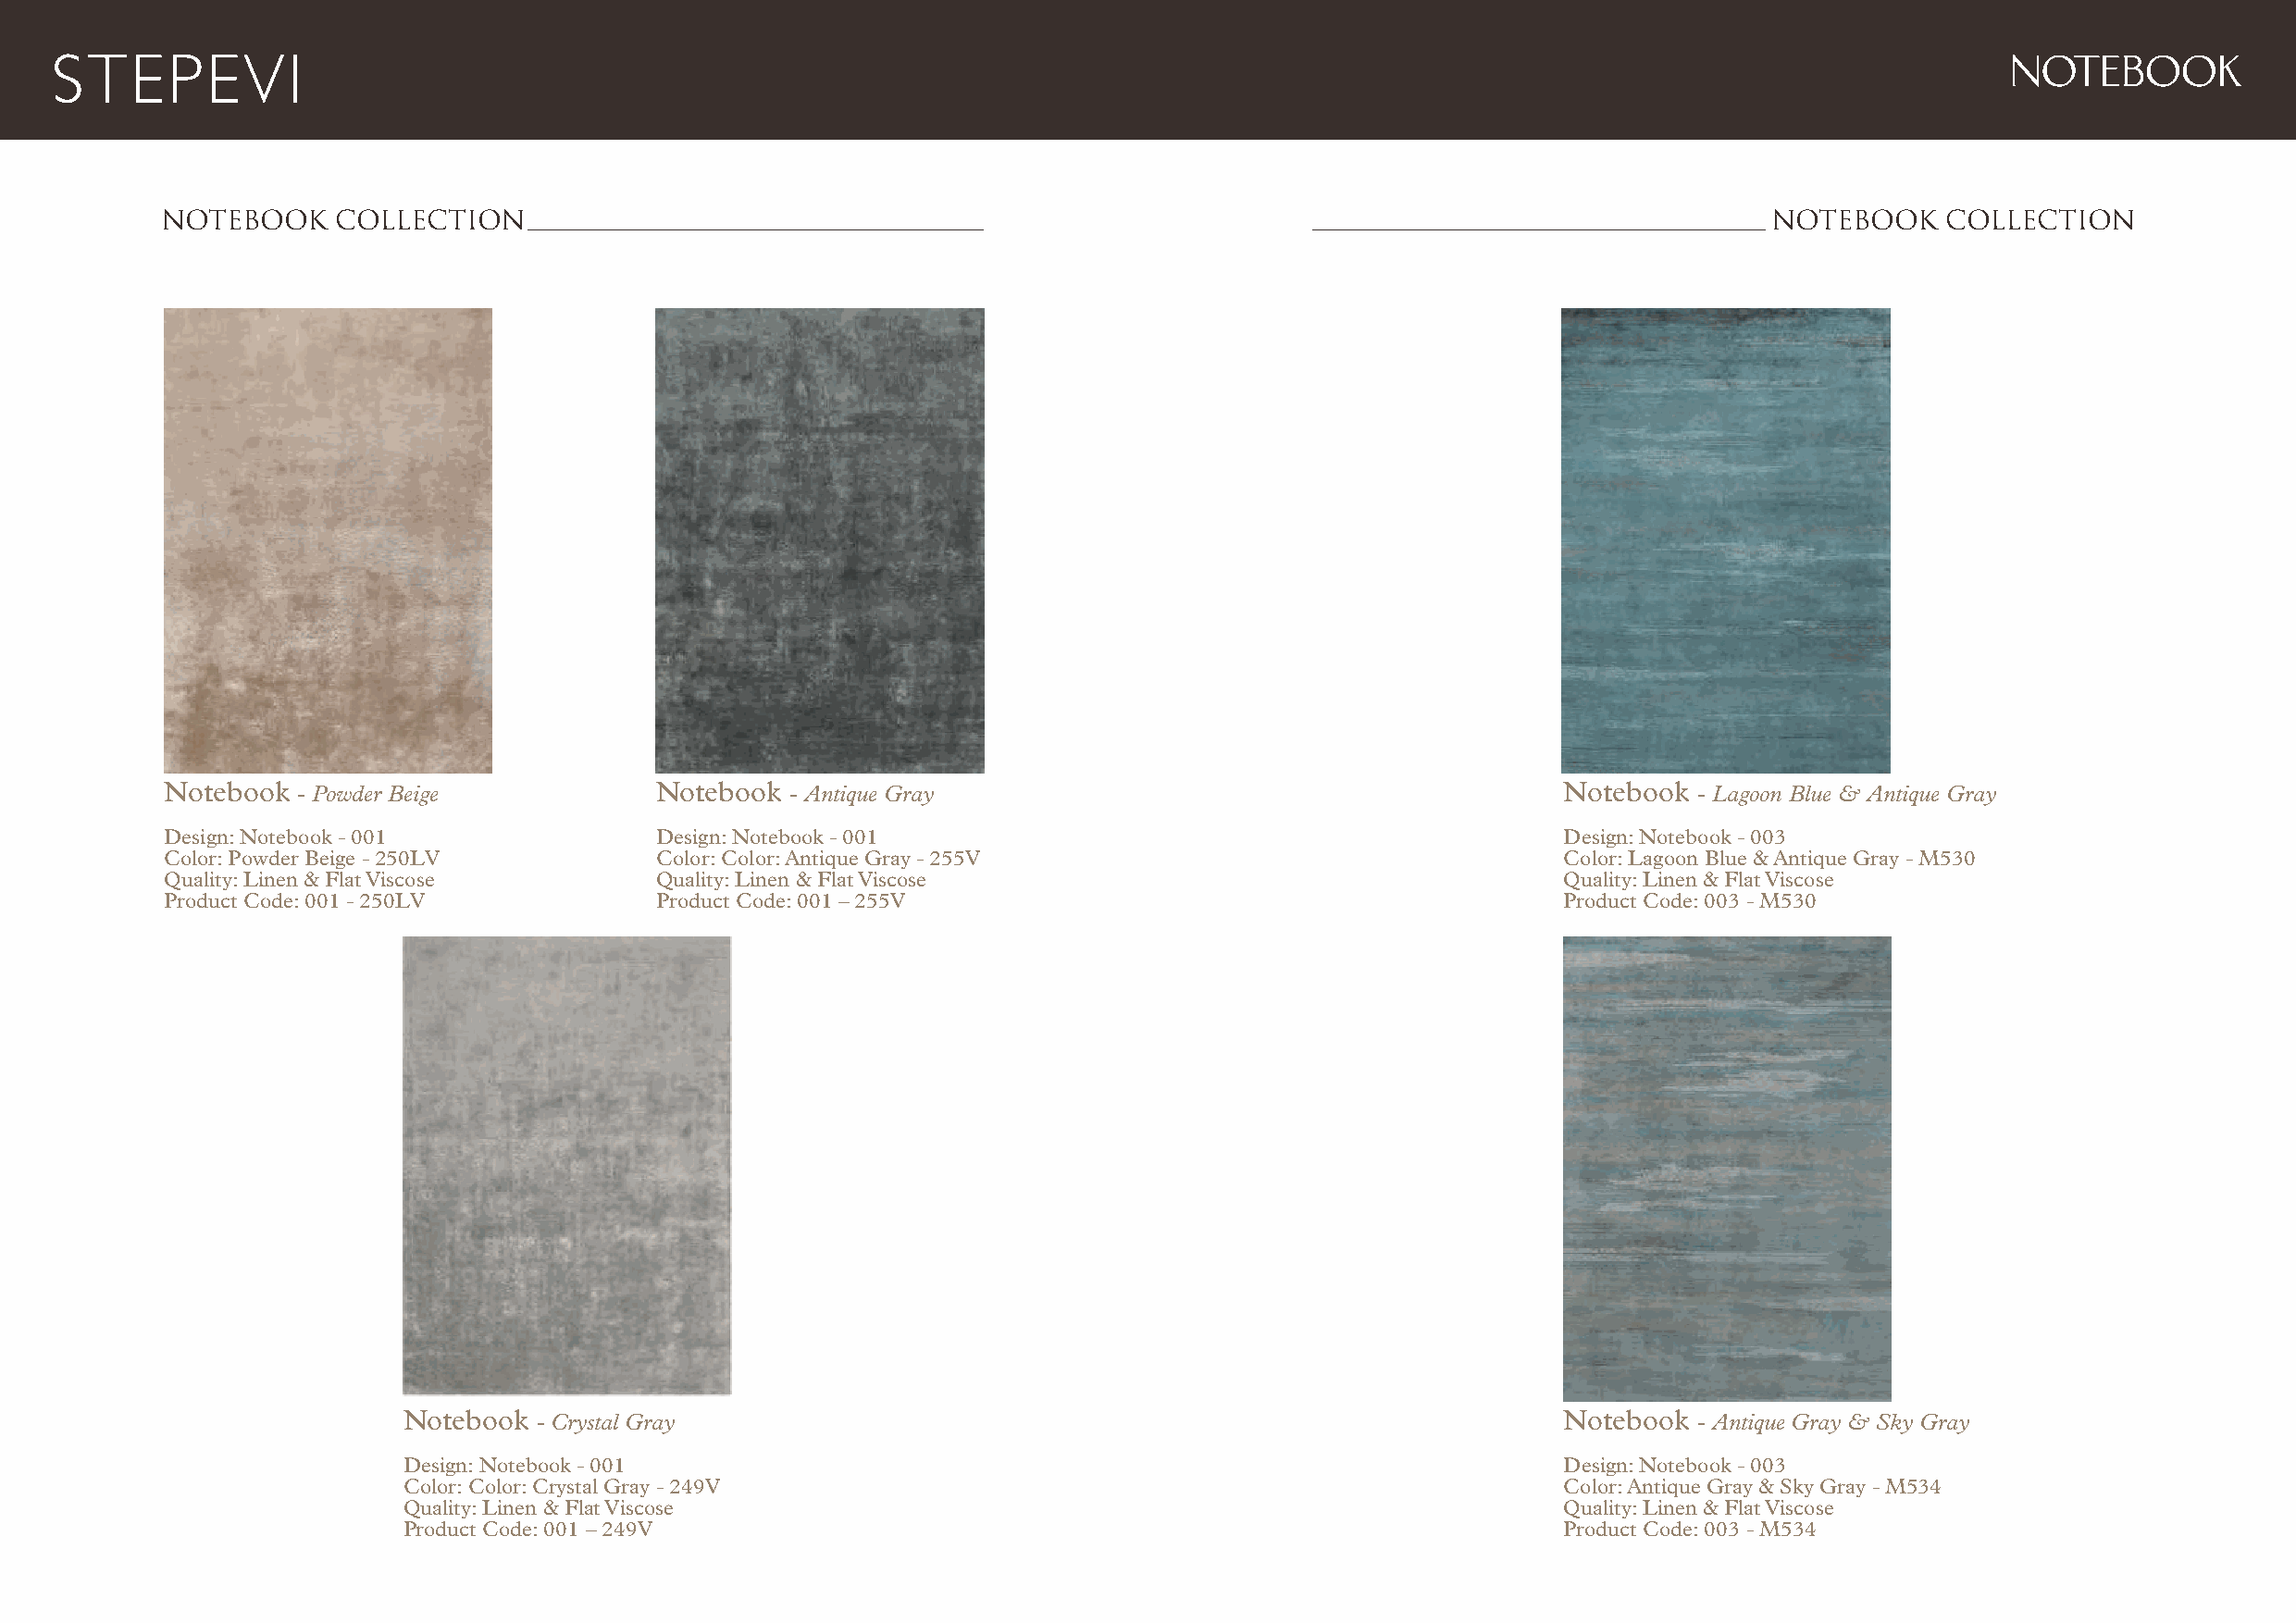
NOTEBOOK
 NOTEBOOK    COLLECTION                                                                                             NOTEBOOK    COLLECTION
 Notebook - Powder Beige            Notebook - Antique Gray                                          Notebook - Lagoon Blue & Antique Gray
 Design: Notebook - 001             Design: Notebook - 001                                           Design: Notebook - 003
 Color: Powder Beige - 250LV        Color: Color: Antique Gray - 255V                                Color: Lagoon Blue & Antique Gray - M530
 Quality: Linen & Flat Viscose      Quality: Linen & Flat Viscose                                    Quality: Linen & Flat Viscose
 Product Code: 001 - 250LV          Product Code: 001 – 255V                                         Product Code: 003 - M530
 Notebook - Crystal Gray                                                            Notebook - Antique Gray & Sky Gray
 Design: Notebook - 001                                                             Design: Notebook - 003
 Color: Color: Crystal Gray - 249V                                                  Color: Antique Gray & Sky Gray - M534
 Quality: Linen & Flat Viscose                                                      Quality: Linen & Flat Viscose
 Product Code: 001 – 249V                                                           Product Code: 003 - M534